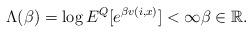
LaTeX: \begin{align*}\Lambda(\beta)=\log E^{Q}[e^{\beta v(i,x)}]< \infty \beta \in \mathbb{R}.\end{align*}